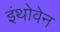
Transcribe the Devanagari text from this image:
इंथोवेन